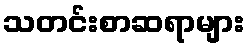
သတင်းစာဆရာများ